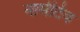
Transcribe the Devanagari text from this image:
नार्मेटिव